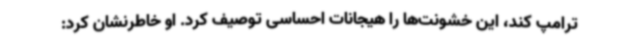
ترامپ کند، این خشونت‌ها را هیجانات احساسی توصیف کرد. او خاطرنشان کرد: